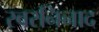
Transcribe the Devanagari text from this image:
स्वरनिनाद